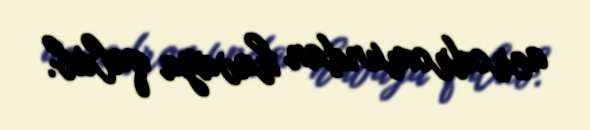
aerodromundan havaya qalxıb.